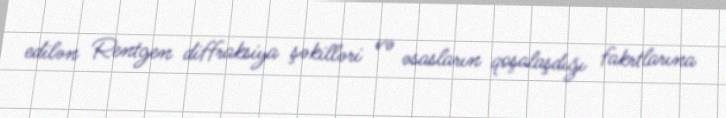
edilən Rentgen diffraksiya şəkilləri və əsasların qoşalaşdığı fakrtlarına